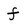
Character: f